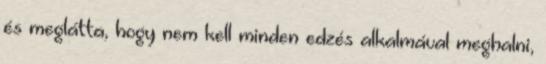
és meglátta, hogy nem kell minden edzés alkalmával meghalni,